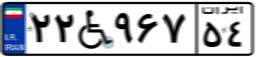
۸۹W۸۴۵۶۳